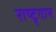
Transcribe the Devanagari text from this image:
राष्ट्र्गान